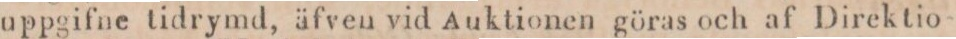
uppgifne tidrymd, äfven vid Auktionen göras och af Direktio-